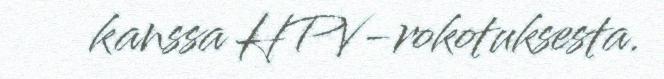
kanssa HPV-rokotuksesta.